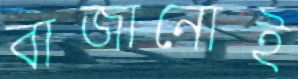
বাজানোই